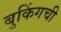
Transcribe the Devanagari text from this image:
बुकिंगची